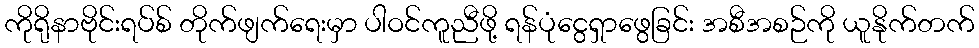
ကိုရိုနာဗိုင်းရပ်စ် တိုက်ဖျက်ရေးမှာ ပါဝင်ကူညီဖို့ ရန်ပုံငွေရှာဖွေခြင်း အစီအစဉ်ကို ယူနိုက်တက်